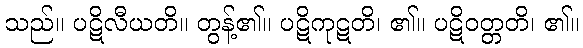
သည်။ ပဋိလီယတိ။ တွန့်၏။ ပဋိကုဋတိ၊ ၏။ ပဋိဝတ္တတိ၊ ၏။